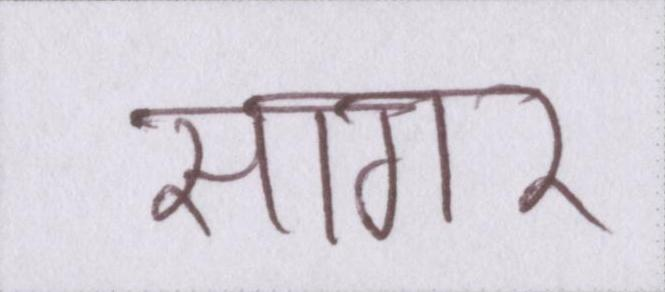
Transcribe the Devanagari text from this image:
सागर